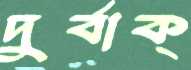
দুর্বাক্‌